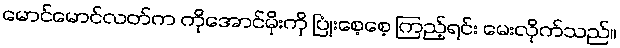
မောင်မောင်လတ်က ကိုအောင်မိုးကို ပြုံးစေ့စေ့ ကြည့်ရင်း မေးလိုက်သည်။